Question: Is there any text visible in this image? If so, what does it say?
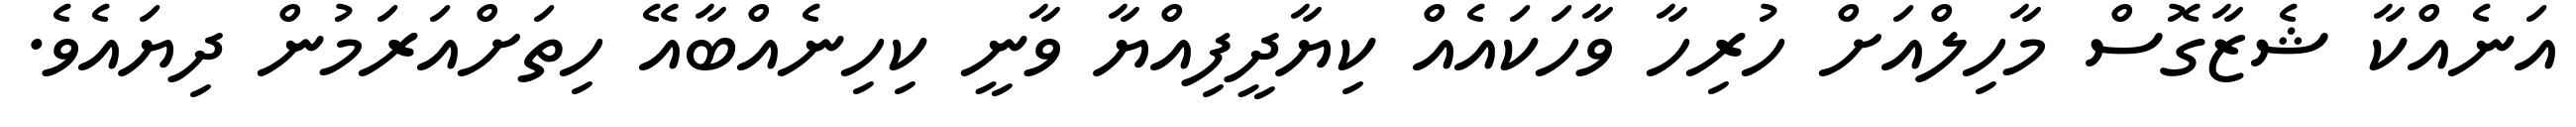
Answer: އަނެއްކާ ޝެޒާގޮސް މާހިލްއަށް ހުރިހާ ވާހަކައެއް ކިޔާދީފިއްޔާ ވާނީ ކިހިނެއްބާއޭ ހިތަށްއަރަމުން ދިޔައެވެ.